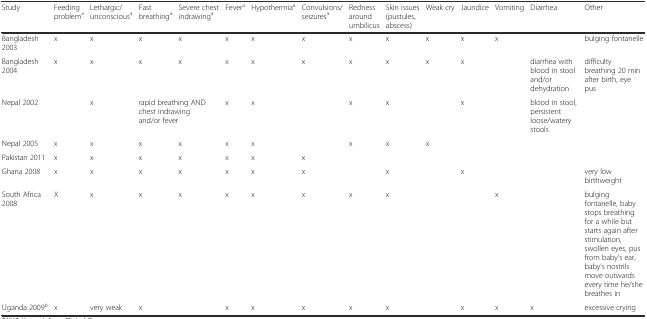
<table><thead><tr><td><b>Study</b></td><td><b>Feeding problem<sup>a</sup></b></td><td><b>Lethargic/unconscious<sup>a</sup></b></td><td><b>Fast breathing<sup>a</sup></b></td><td><b>Severe chest indrawing<sup>a</sup></b></td><td><b>Fever<sup>a</sup></b></td><td><b>Hypothermia<sup>a</sup></b></td><td><b>Convulsions/seizures<sup>a</sup></b></td><td><b>Redness around umbilicus</b></td><td><b>Skin issues (pustules, abscess)</b></td><td><b>Weak cry</b></td><td><b>Jaundice</b></td><td><b>Vomiting</b></td><td><b>Diarrhea</b></td><td><b>Other</b></td></tr></thead><tbody><tr><td>Bangladesh 2003</td><td>x</td><td>x</td><td>x</td><td>x</td><td>x</td><td>x</td><td>x</td><td>x</td><td>x</td><td>x</td><td>x</td><td>x</td><td></td><td>bulging fontanelle</td></tr><tr><td>Bangladesh 2004</td><td>x</td><td>x</td><td>x</td><td>x</td><td>x</td><td>x</td><td>x</td><td>x</td><td>x</td><td>x</td><td>x</td><td></td><td>diarrhea with blood in stool and/or dehydration</td><td>difficulty breathing 20 min after birth, eye pus</td></tr><tr><td>Nepal 2002</td><td></td><td>x</td><td colspan="2">rapid breathing AND chest indrawing and/or fever</td><td>x</td><td>x</td><td></td><td>x</td><td>x</td><td></td><td>x</td><td></td><td>blood in stool, persistent loose/watery stools</td><td></td></tr><tr><td>Nepal 2005</td><td>x</td><td>x</td><td>x</td><td>x</td><td>x</td><td>x</td><td></td><td>x</td><td>x</td><td>x</td><td></td><td></td><td></td><td></td></tr><tr><td>Pakistan 2011</td><td>x</td><td>x</td><td>x</td><td>x</td><td>x</td><td>x</td><td>x</td><td></td><td></td><td></td><td></td><td></td><td></td><td></td></tr><tr><td>Ghana 2008</td><td>x</td><td>x</td><td>x</td><td>x</td><td>x</td><td>x</td><td>x</td><td></td><td>x</td><td></td><td>x</td><td></td><td></td><td>very low birthweight</td></tr><tr><td>South Africa 2008</td><td>X</td><td>x</td><td>x</td><td>x</td><td>x</td><td>x</td><td>x</td><td>x</td><td>x</td><td></td><td></td><td>x</td><td></td><td>bulging fontanelle, baby stops breathing for a while but starts again after stimulation, swollen eyes, pus from baby’s ear, baby’s nostrils move outwards every time he/she breathes in</td></tr><tr><td>Uganda 2009<sup>b</sup></td><td>x</td><td>very weak</td><td>x</td><td></td><td>x</td><td>x</td><td>x</td><td>x</td><td>x</td><td></td><td>x</td><td>x</td><td>x</td><td>excessive crying</td></tr></tbody></table>